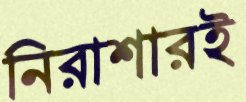
নিরাশারই